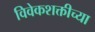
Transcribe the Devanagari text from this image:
विवेकशक्तीच्या